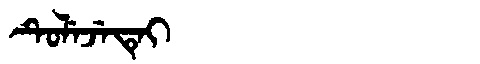
Manchu: ᡨᡠᠯᡝᠵᡝᡨᡝᡳ
Romanization: TULEJETEI